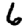
Digit: 6